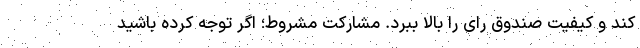
کند و کیفیت صندوق رای را بالا ببرد. مشارکت مشروط؛ اگر توجه کرده باشید